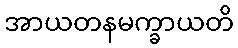
အာယတနမက္ခာယတိ